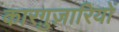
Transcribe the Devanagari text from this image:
कारग़ुज़ारियों